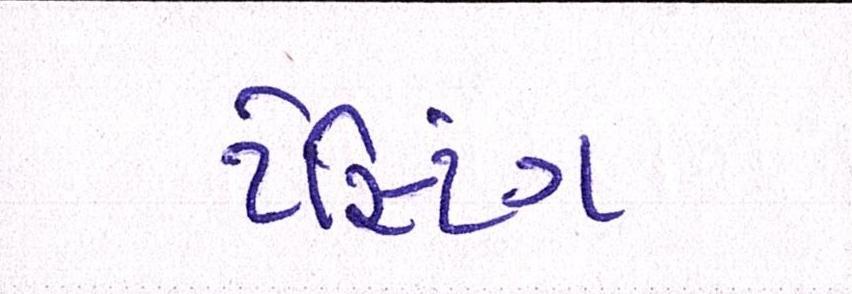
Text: ટેસ્ટિંગ